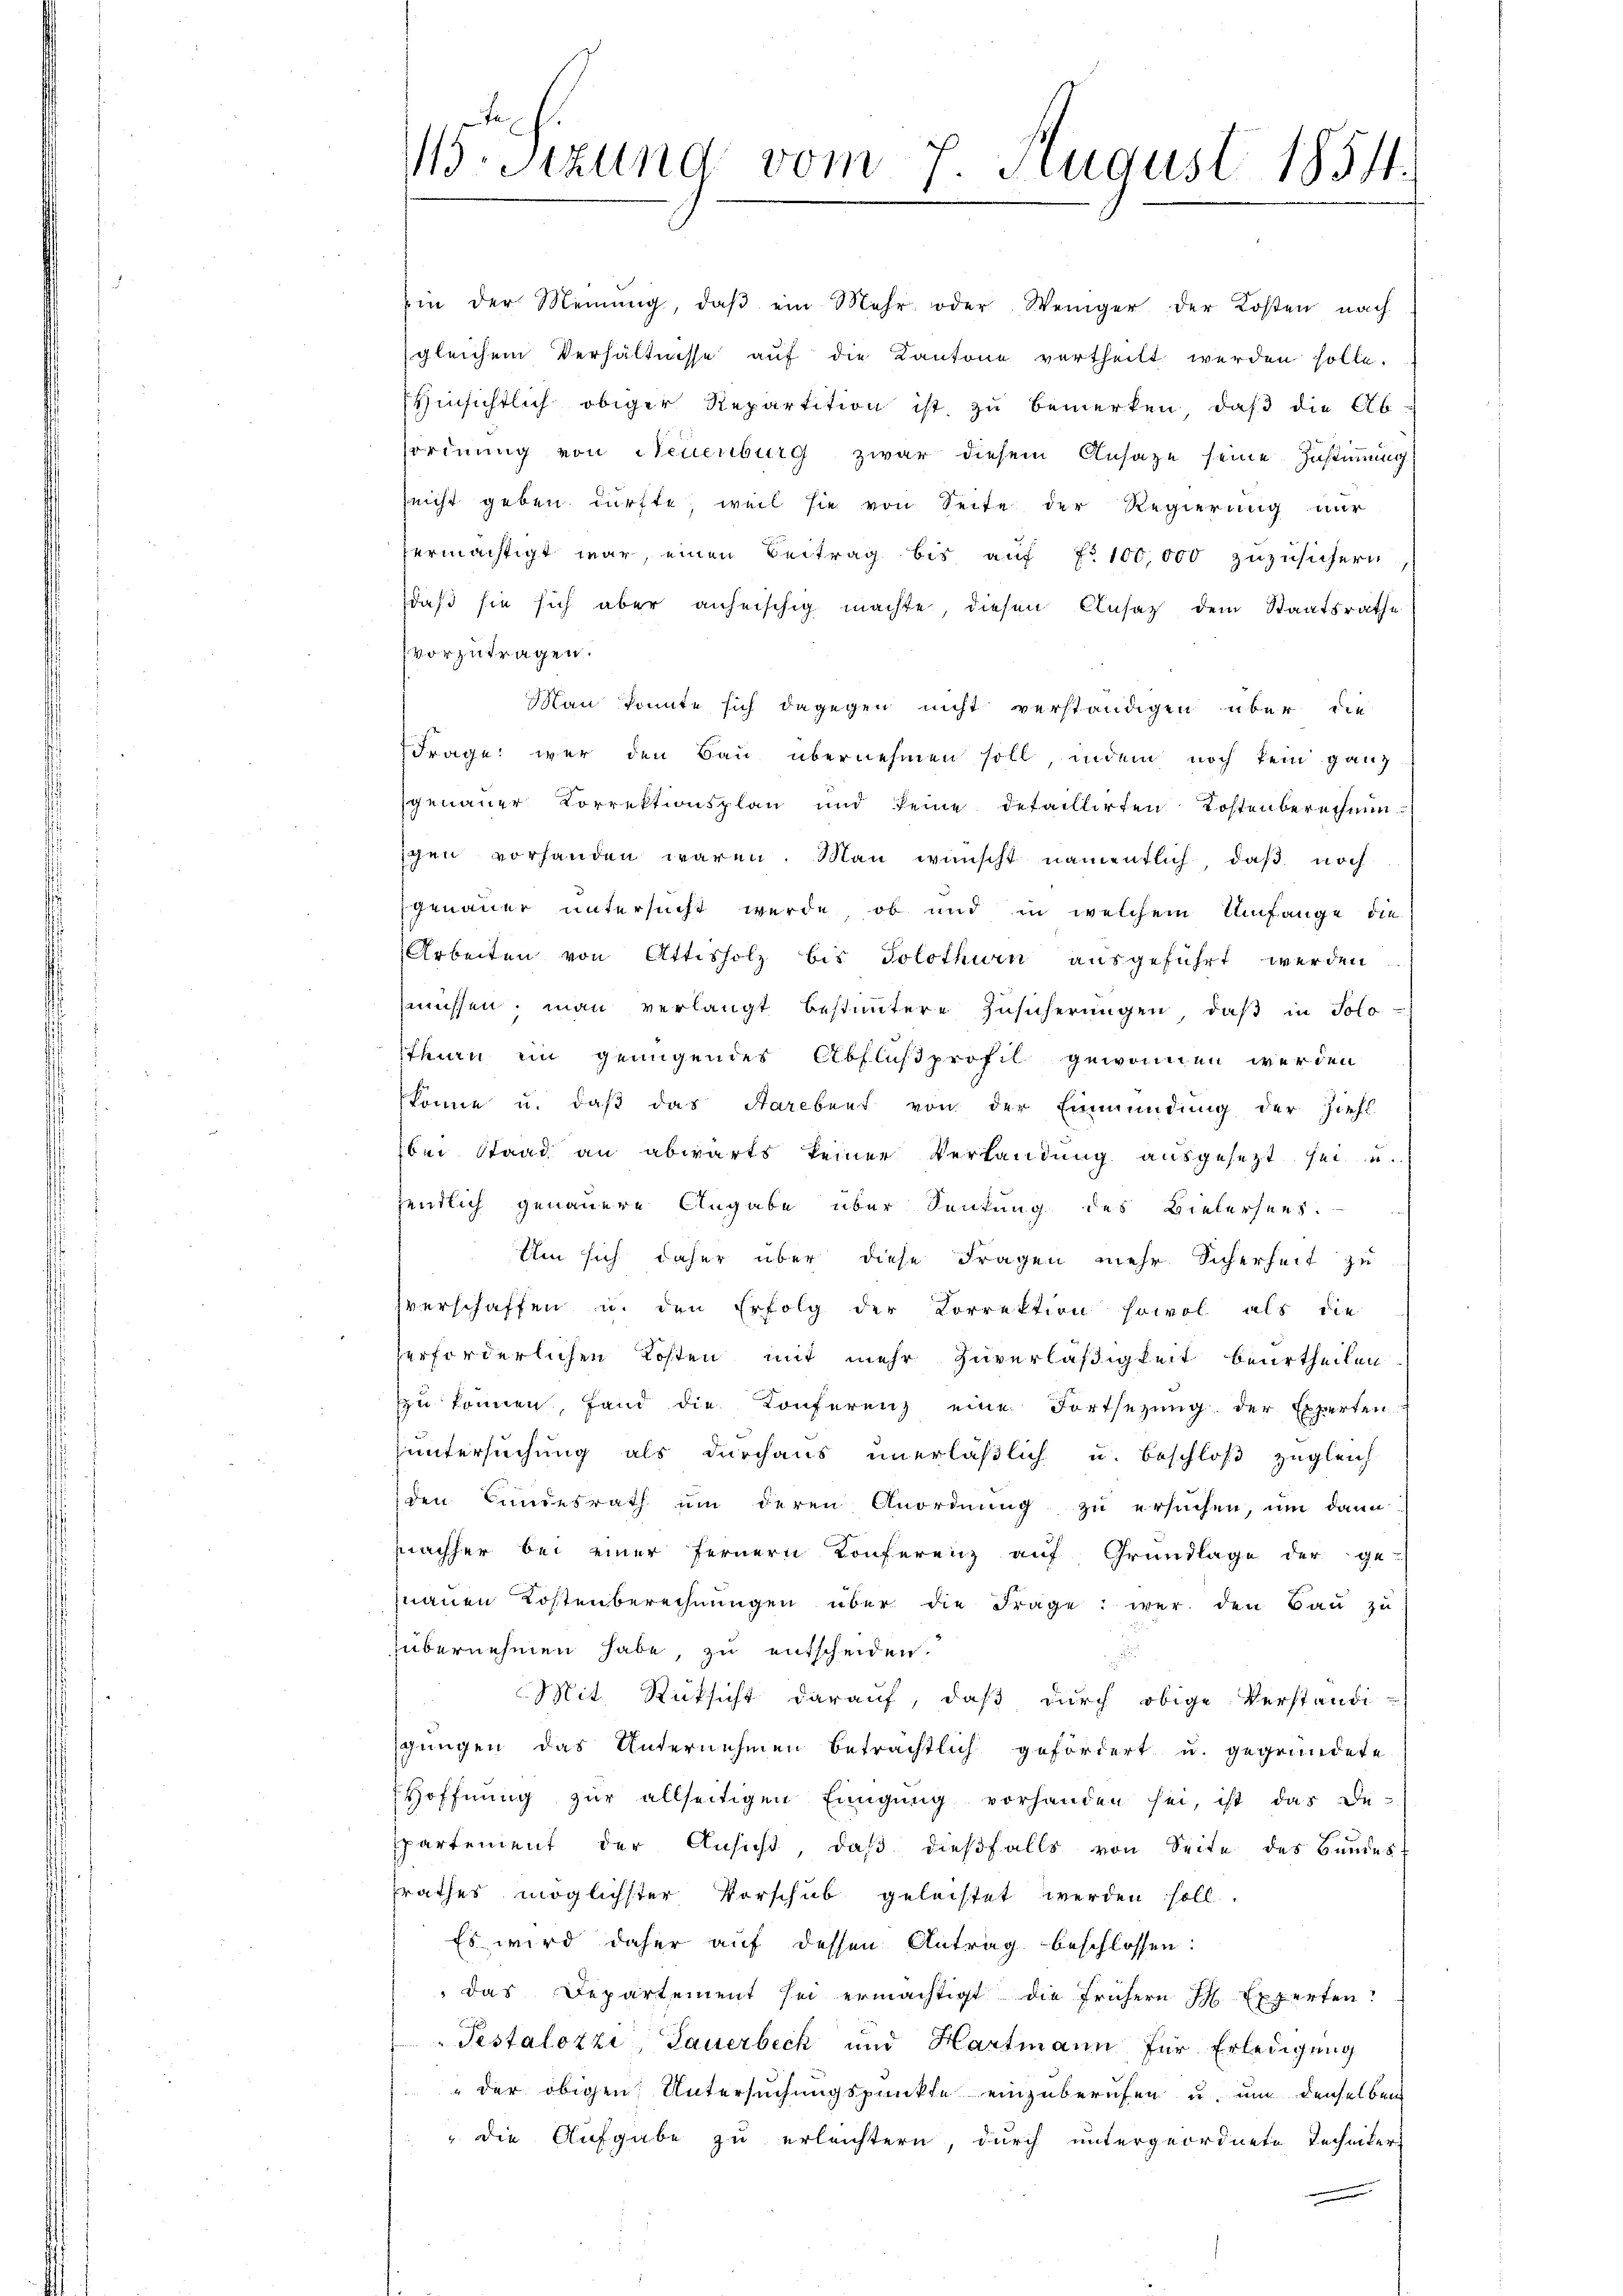
Besizung vom 7. August 1854.

in der Meinŭng, daβ ein Mehr oder Weniger der Kosten nach
gleichem Verhältnisse auf die Kantone vertheilt werden solle.
Hinsichtlich obiger Repartition ist, zu bemerken, daß die Ab
sordnung von Neuenburg zwar diesem Ansaze seine Zustimmung
leicht geben dürfte, weil sie von Seite der Regierung nur
ermächtigt war, einen Beitrag bis auf No 100,000 zuzusichern
daß sie sich aber anheischig machte, diesen Ansaz dem Staatsrathe
vorzutragen.
Man konnte sich dagegen nicht verständigen über die
Frage wer den Bau übernehmen soll, indem noch kein ganz
genauer Korrektionsplan und keine detaillirten Kostenberechnunigen vorhanden waren. Man wünscht namentlich, daß noch
genauer untersucht werde, ob und in welchem Umfange die
Arbeiten von Attisholz bis Solothurn ausgeführt werden
müssen man verlangt bestimtere Zŭsicherŭngen, daβ in Solo-
thurn ein genügendes Abflußprofil gewonnen werden
könne u. daβ das Starebent von der Einmündung der Ziehl
bei Stand an abwärts keiner Verlandung ausgesezt sei u.
jendlich genauere Angabe über Senkung des Vielersees.
Um sich daher über diese Fragen mehr Sicherheit zu
verschaffen u. den Erfolg der Korrektion sowol als die
erforderlichen Kosten mit mehr Zuverläßigkeit beurtheilen
zŭ können, fand die Konferenz eine Fortsetzŭng der Experten
untersuchung als durchaus unerläßlich u. beschloß zugleich
den Bundesrath ŭm deren Anordnŭng zŭ ersŭchen, um dann
mnachher bei einer fernern Konferenz auf Grundlage der ge-
nauen Kostenberechnungen über die Frage: wer den Bau zu
übernehmen habe, zu entscheiden.
.
Mit Rücksicht darauf, daß durch obige Verständi-
Jungen das Unternehmen beträchtlich gefördert u. gegründete
Hoffnung zŭr allseitigen Einigung vorhanden sei, ist das De-
spartement der Ansicht, daß dießfalls von Seite des Bundes
zrathes möglichster Vorschub geleistet werden soll
Es wird daher auf dessen Antrag beschlossen:
das Departement sei ermächtigt die frühern J. Experten
Pestalozzi, Sauerbeck und Hartmann für Erledigung
" der obigen Untersuchungspunkte einzuberufen u. um denselben
 die Aufgabe zu erleichtern, durch untergeordnete Techniker